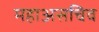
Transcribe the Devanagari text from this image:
महाअसचिव